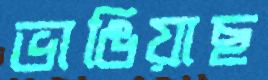
ভাঙিয়াছ